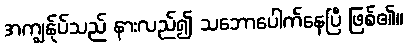
အကျွန်ုပ်သည် နားလည်၍ သဘောပေါက်နေပြီ ဖြစ်၏။